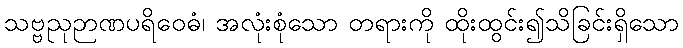
သဗ္ဗညုဉာဏပရိဝေဓံ၊ အလုံးစုံသော တရားကို ထိုးထွင်း၍သိခြင်းရှိသော